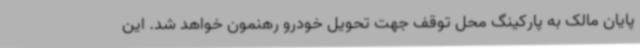
پایان مالک به پارکینگ محل توقف جهت تحویل خودرو رهنمون خواهد شد. این